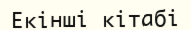
Екінші кітабі